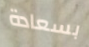
بسعادة